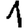
Digit: 1